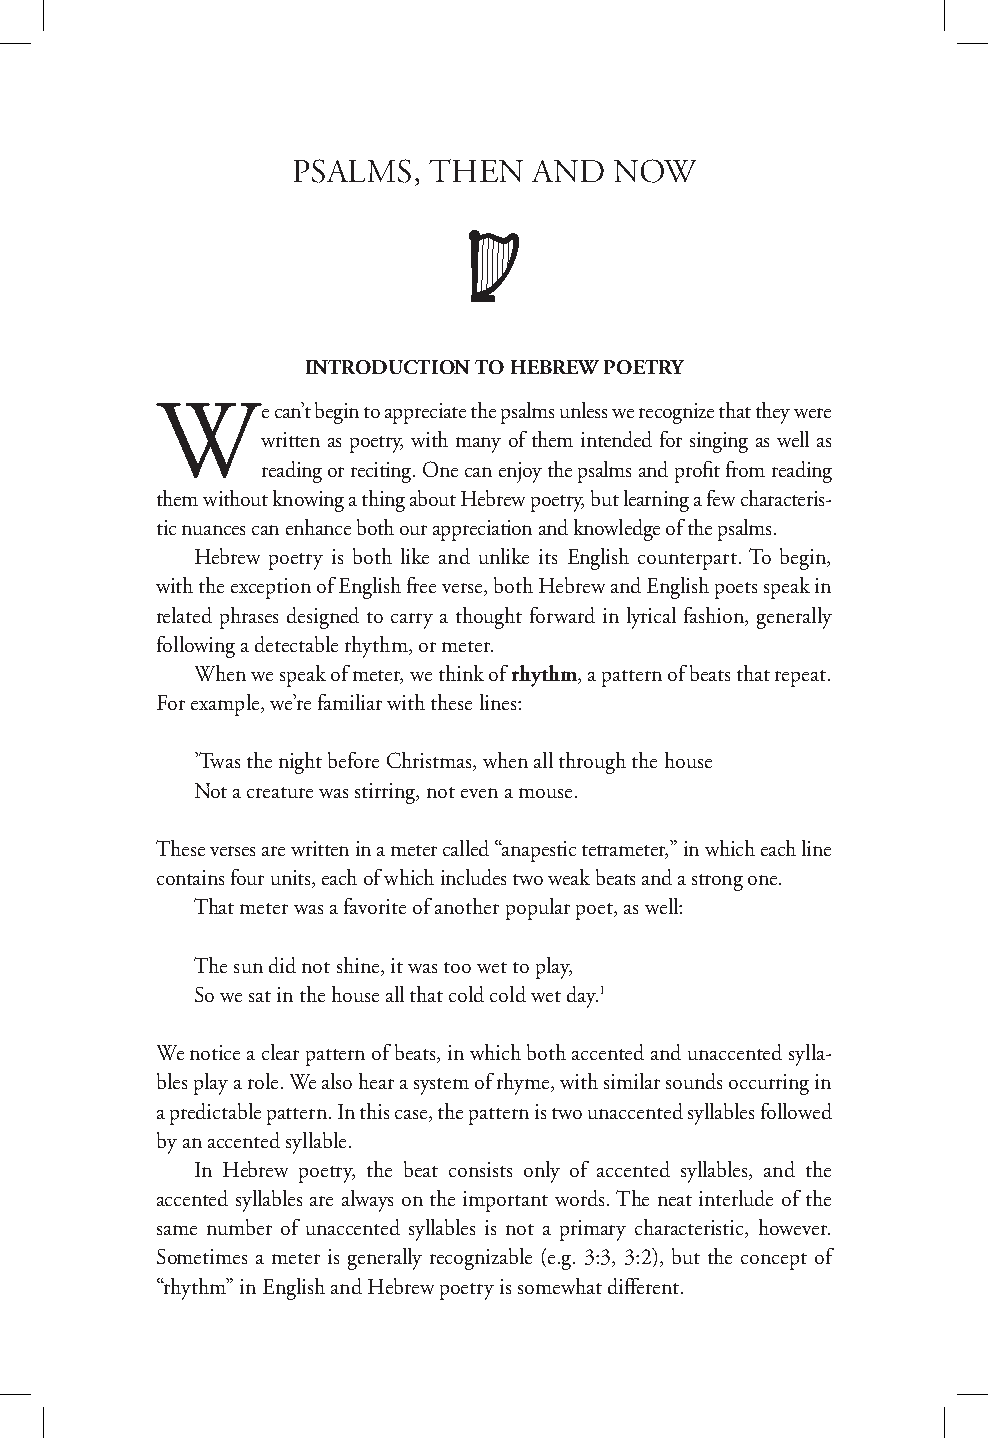
PSALMS,  THEN   AND   NOW
 INTRODUCTION TO HEBREW POETRY
 We      can’t begin to appreciate the psalms unless we recognize that they were
 written as poetry, with many of them intended for singing as well as
 reading or reciting. One can enjoy the psalms and profit from reading
 them without knowing a thing about Hebrew poetry, but learning a few characteris-
 tic nuances can enhance both our appreciation and knowledge of the psalms.
 Hebrew poetry is both like and unlike its English counterpart. To begin,
 with the exception of English free verse, both Hebrew and English poets speak in
 related phrases designed to carry a thought forward in lyrical fashion, generally
 following a detectable rhythm, or meter.
 When we speak of meter, we think of rhythm, a pattern of beats that repeat.
 For example, we’re familiar with these lines:
 ’Twas the night before Christmas, when all through the house
 Not a creature was stirring, not even a mouse.
 These verses are written in a meter called “anapestic tetrameter,” in which each line
 contains four units, each of which includes two weak beats and a strong one.
 That meter was a favorite of another popular poet, as well:
 The sun did not shine, it was too wet to play,
 So we sat in the house all that cold cold wet day.1
 We notice a clear pattern of beats, in which both accented and unaccented sylla-
 bles play a role. We also hear a system of rhyme, with similar sounds occurring in
 a predictable pattern. In this case, the pattern is two unaccented syllables followed
 by an accented syllable.
 In Hebrew poetry, the beat consists only of accented syllables, and the
 accented syllables are always on the important words. The neat interlude of the
 same number of unaccented syllables is not a primary characteristic, however.
 Sometimes a meter is generally recognizable (e.g. 3:3, 3:2), but the concept of
 “rhythm” in English and Hebrew poetry is somewhat different.